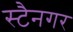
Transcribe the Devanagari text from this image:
स्टैनगर